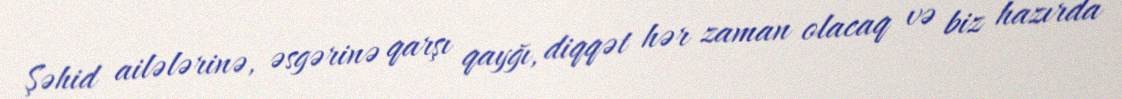
Şəhid ailələrinə, əsgərinə qarşı qayğı, diqqət hər zaman olacaq və biz hazırda